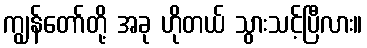
ကျွန်တော်တို့ အခု ဟိုတယ် သွားသင့်ပြီလား။